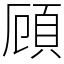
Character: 頋